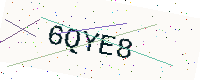
Text: 6QYE8